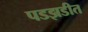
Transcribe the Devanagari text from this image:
पडझडीत